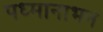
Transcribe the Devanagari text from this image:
पध्मानाभन